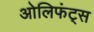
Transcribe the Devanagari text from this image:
ओलिफंट्स